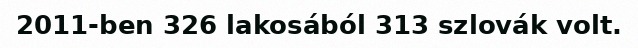
2011-ben 326 lakosából 313 szlovák volt.